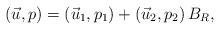
LaTeX: \begin{align*}(\vec u,p)=(\vec u_1,p_1)+(\vec u_2,p_2) \, B_R,\end{align*}